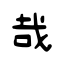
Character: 哉